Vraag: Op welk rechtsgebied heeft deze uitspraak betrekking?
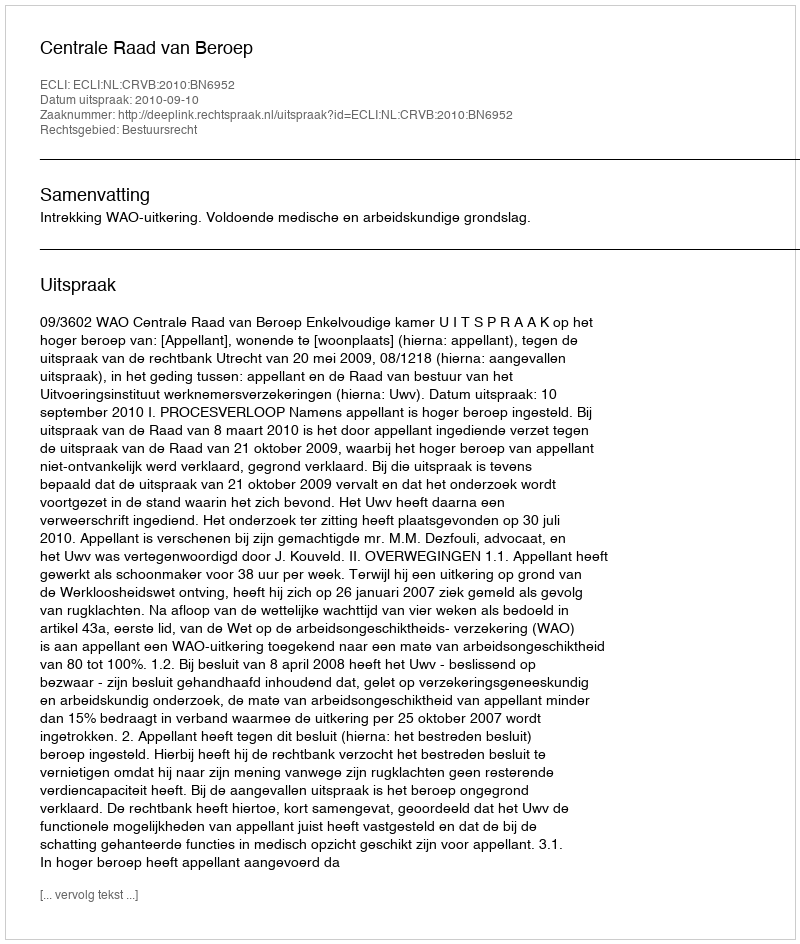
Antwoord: Bestuursrecht